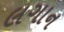
લગાન